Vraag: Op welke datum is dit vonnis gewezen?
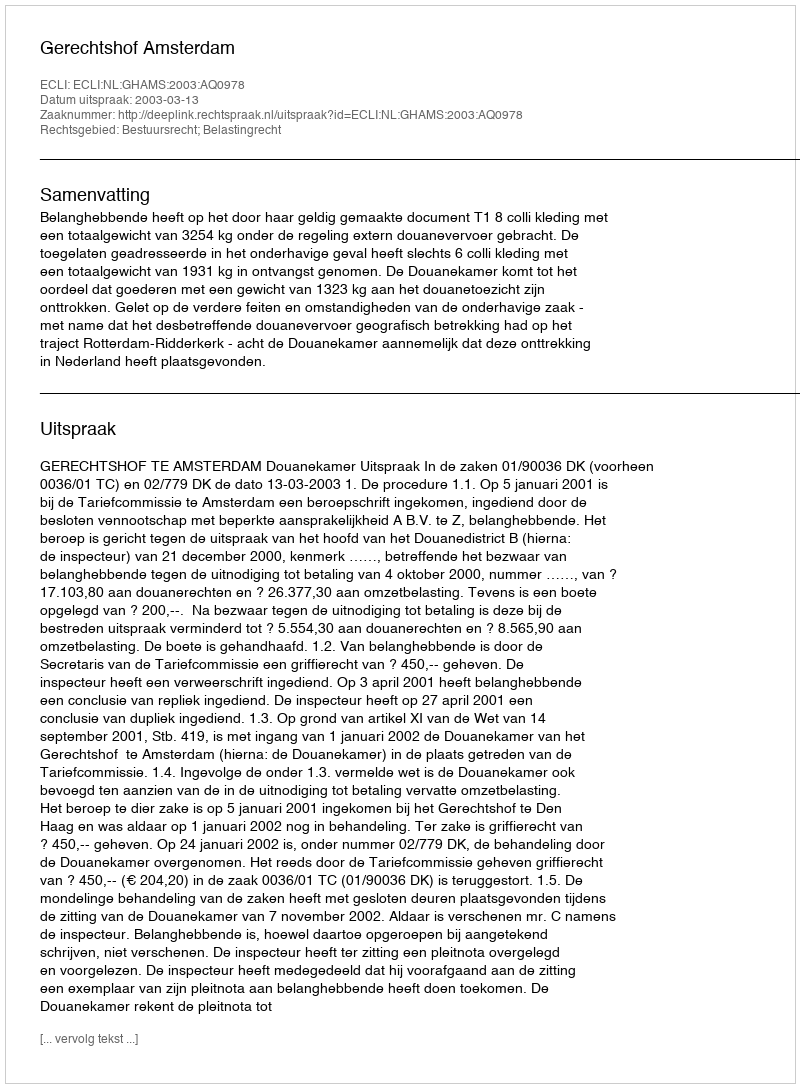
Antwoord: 2003-03-13